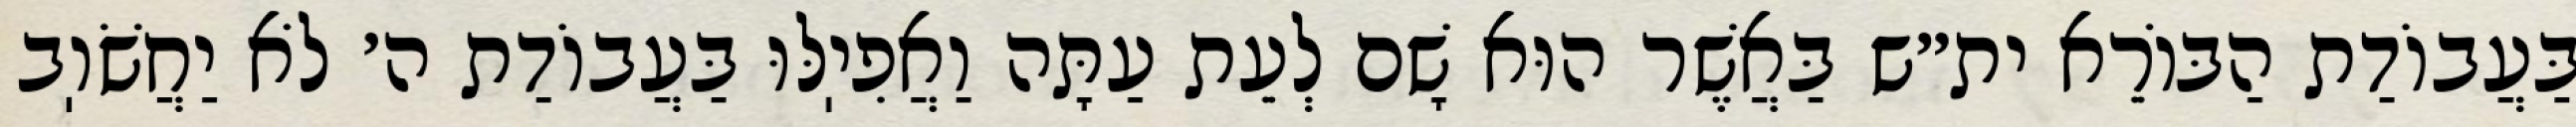
בַּעֲבוֹדַת הַבּוֹרֵא ית״ש בַּאֲשֶׁר הוּא שָׁם לְעֵת עַתָּה וַאֲפִיֽלּוּ בַּעֲבוֹדַת ה׳ לֹא יַחֲשֹׁוֽב